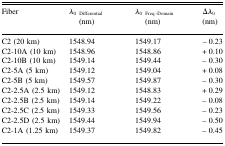
<table><thead><tr><td><b>Fiber</b></td><td><b><i>λ</i><sub>0 Differential</sub> (nm)</b></td><td><b><i>λ</i><sub>0 Freq.-Domain</sub> (nm)</b></td><td><b>Δ<i>λ</i><sub>0</sub> (nm)</b></td></tr></thead><tbody><tr><td>C2 (20 km)</td><td>1548.94</td><td>1549.17</td><td>−0.23</td></tr><tr><td>C2-10A (10 km)</td><td>1548.96</td><td>1548.86</td><td>+0.10</td></tr><tr><td>C2-10B (10 km)</td><td>1549.14</td><td>1549.44</td><td>−0.30</td></tr><tr><td>C2-5A (5 km)</td><td>1549.12</td><td>1549.04</td><td>+0.08</td></tr><tr><td>C2-5B (5 km)</td><td>1549.57</td><td>1549.87</td><td>−0.30</td></tr><tr><td>C2-2.5A (2.5 km)</td><td>1549.12</td><td>1548.83</td><td>+0.29</td></tr><tr><td>C2-2.5B (2.5 km)</td><td>1549.14</td><td>1549.22</td><td>−0.08</td></tr><tr><td>C2-2.5C (2.5 km)</td><td>1549.33</td><td>1549.56</td><td>−0.23</td></tr><tr><td>C2-2.5D (2.5 km)</td><td>1549.44</td><td>1549.94</td><td>−0.50</td></tr><tr><td>C2-1A (1.25 km)</td><td>1549.37</td><td>1549.82</td><td>−0.45</td></tr></tbody></table>